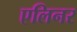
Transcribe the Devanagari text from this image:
एलिनर